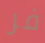
فر